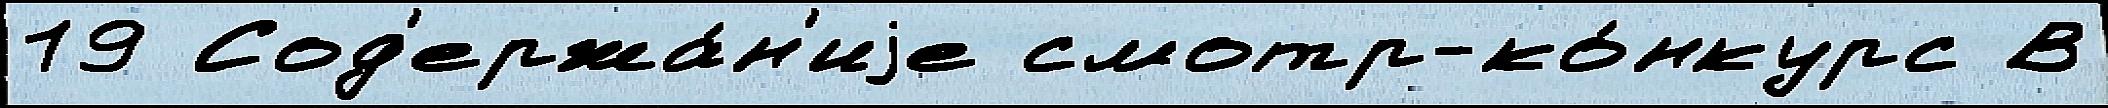
19 Сод'ержа́н'иjе смотр-ко́нкурс В